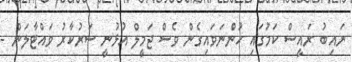
ނައިބު ރައީސް ކަމުގައި ހުންނަވައިގެން ވެސް ޖަމީލް އުޅުނީ ސަރުކާރު ވައްޓާލަން -